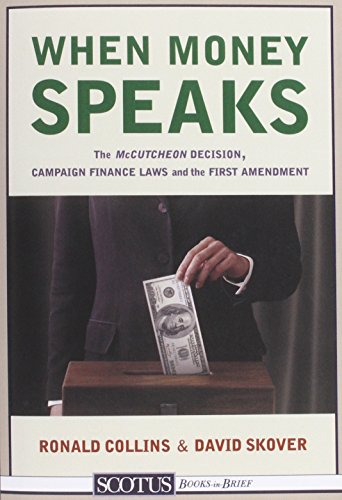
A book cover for When Money Speaks: The McCutcheon Decision, Campaign Finance Laws, and the First Amendment; Ronald K. L. Collins; Law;